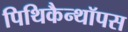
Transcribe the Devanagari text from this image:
पिथिकैन्थॉपस